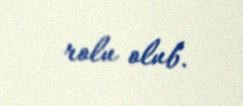
rolu olub.